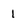
Character: 1